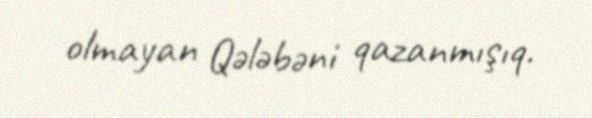
olmayan Qələbəni qazanmışıq.